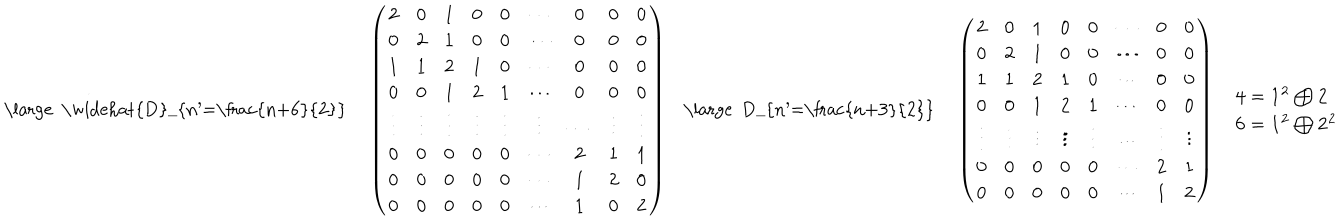
LaTeX: \begin{array} { c c c c c } { { { \mathrm { \large ~ \widehat { D } _ { n ^ { \prime } = \frac { n + 6 } { 2 } } ~ } } } } & { { \left( \begin{array} { c c c c c c c c c } { { 2 } } & { { 0 } } & { { 1 } } & { { 0 } } & { { 0 } } & { { \cdots } } & { { 0 } } & { { 0 } } & { { 0 } } \\ { { 0 } } & { { 2 } } & { { 1 } } & { { 0 } } & { { 0 } } & { { \cdots } } & { { 0 } } & { { 0 } } & { { 0 } } \\ { { 1 } } & { { 1 } } & { { 2 } } & { { 1 } } & { { 0 } } & { { \cdots } } & { { 0 } } & { { 0 } } & { { 0 } } \\ { { 0 } } & { { 0 } } & { { 1 } } & { { 2 } } & { { 1 } } & { { \cdots } } & { { 0 } } & { { 0 } } & { { 0 } } \\ { { \vdots } } & { { \vdots } } & { { \vdots } } & { { \vdots } } & { { \vdots } } & { { \vdots } } & { { \cdots } } & { { \vdots } } & { { \vdots } } \\ { { 0 } } & { { 0 } } & { { 0 } } & { { 0 } } & { { 0 } } & { { \cdots } } & { { 2 } } & { { 1 } } & { { 1 } } \\ { { 0 } } & { { 0 } } & { { 0 } } & { { 0 } } & { { 0 } } & { { \cdots } } & { { 1 } } & { { 2 } } & { { 0 } } \\ { { 0 } } & { { 0 } } & { { 0 } } & { { 0 } } & { { 0 } } & { { \cdots } } & { { 1 } } & { { 0 } } & { { 2 } } \\ \end{array} \right) } } & { { { \mathrm { \large ~ D _ { n ^ { \prime } = \frac { n + 3 } { 2 } } ~ } } } } & { { \left( \begin{array} { c c c c c c c c } { { 2 } } & { { 0 } } & { { 1 } } & { { 0 } } & { { 0 } } & { { \cdots } } & { { 0 } } & { { 0 } } \\ { { 0 } } & { { 2 } } & { { 1 } } & { { 0 } } & { { 0 } } & { { \cdots } } & { { 0 } } & { { 0 } } \\ { { 1 } } & { { 1 } } & { { 2 } } & { { 1 } } & { { 0 } } & { { \cdots } } & { { 0 } } & { { 0 } } \\ { { 0 } } & { { 0 } } & { { 1 } } & { { 2 } } & { { 1 } } & { { \cdots } } & { { 0 } } & { { 0 } } \\ { { \vdots } } & { { \vdots } } & { { \vdots } } & { { \vdots } } & { { \vdots } } & { { \cdots } } & { { \vdots } } & { { \vdots } } \\ { { 0 } } & { { 0 } } & { { 0 } } & { { 0 } } & { { 0 } } & { { \cdots } } & { { 2 } } & { { 1 } } \\ { { 0 } } & { { 0 } } & { { 0 } } & { { 0 } } & { { 0 } } & { { \cdots } } & { { 1 } } & { { 2 } } \\ \end{array} \right) } } & { { \begin{array} { l } { { { \bf 4 } = { \bf 1 ^ { 2 } } \bigoplus { \bf 2 } } } \\ { { { \bf 6 } = { \bf 1 ^ { 2 } } \bigoplus { \bf 2 ^ { 2 } } } } \\ \end{array} } } \\ \end{array}